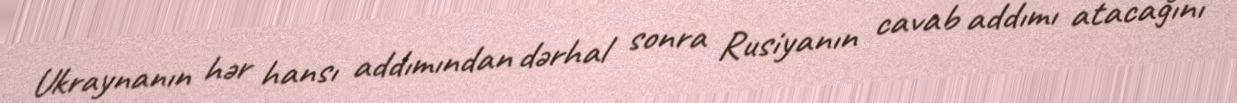
Ukraynanın hər hansı addımından dərhal sonra Rusiyanın cavab addımı atacağını